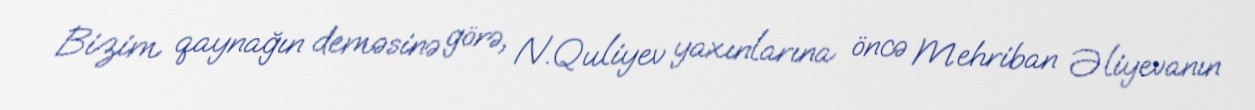
Bizim qaynağın deməsinə görə, N.Quliyev yaxınlarına öncə Mehriban Əliyevanın